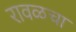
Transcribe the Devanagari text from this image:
रावळचा